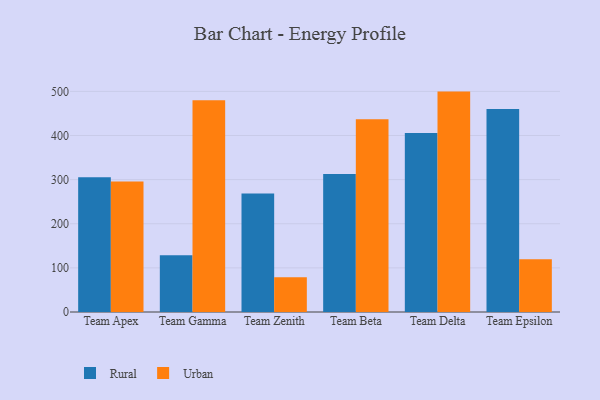
{"axis": {"x": "Team", "y": "Operating Costs (USD K)"}, "legend": ["Rural", "Urban"], "data": [{"x": "Team Apex", "y": 305.2, "type": "Rural"}, {"x": "Team Apex", "y": 295.8, "type": "Urban"}, {"x": "Team Gamma", "y": 128.4, "type": "Rural"}, {"x": "Team Gamma", "y": 479.7, "type": "Urban"}, {"x": "Team Zenith", "y": 268.3, "type": "Rural"}, {"x": "Team Zenith", "y": 79.0, "type": "Urban"}, {"x": "Team Beta", "y": 313.0, "type": "Rural"}, {"x": "Team Beta", "y": 436.8, "type": "Urban"}, {"x": "Team Delta", "y": 405.4, "type": "Rural"}, {"x": "Team Delta", "y": 499.5, "type": "Urban"}, {"x": "Team Epsilon", "y": 460.0, "type": "Rural"}, {"x": "Team Epsilon", "y": 119.7, "type": "Urban"}]}